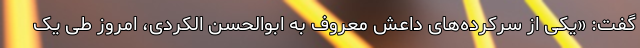
گفت: «یکی از سرکرده‌های داعش معروف به ابوالحسن الکردی، امروز طی یک